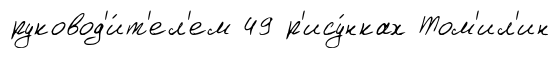
руковод'и́т'ел'ем 49 р'ису́нках Том'ил'ин